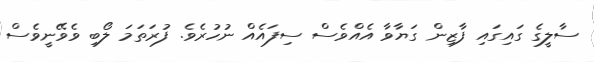
ސާލީގެ ގައިގައި ފާޒިން ގަޔާވާ އެއްވެސް ސިފައެއް ނުހުރެވެ. ފުރަތަމަ ލޯބި ވެވޭނީވެސް